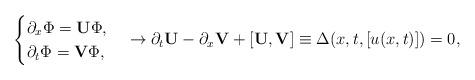
LaTeX: \begin{align*}\begin{cases}\partial_x \Phi = {\bf U} \Phi ,\\\partial_t \Phi = {\bf V} \Phi ,\end{cases} \rightarrow \partial_t {\bf U} - \partial_x {\bf V} + [{\bf U} , {\bf V}] \equiv \Delta(x,t,[u(x,t)]) = 0 ,\end{align*}